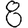
Digit: 8